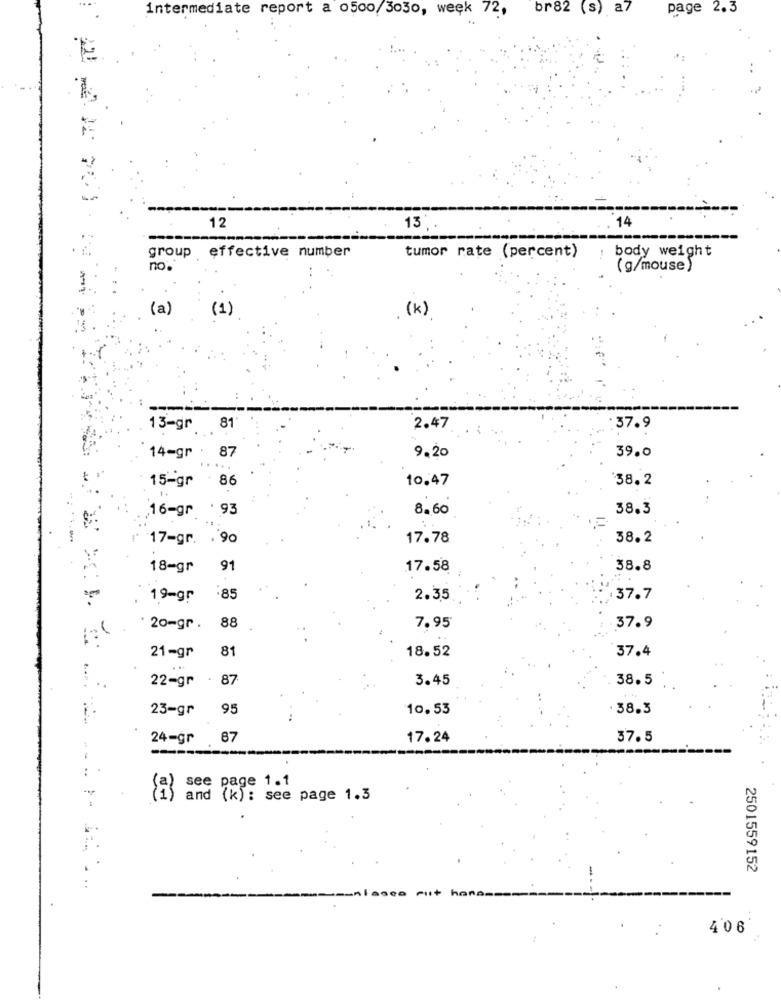
br82 (s) a7
page 2.3
intermediate report a o500/3030, week 72,
14
12
13
group effective number
tumor rate (percent)
: body weight
no.
(g/mouse)
(a)
(1)
(k)
13-gr
.81
2.47
37.9
39.0
14-gr : 87
9.20
15-gr
86
10.47
38.2
16-gr . 93
8.60
38.3
17-gr. . 90
17.78
38.2
18-gr
91
17.58
38.8
19-gr
.85
2.35
37.7
20-gr. 88
7,95
37.9
81
18.52
37.4
21-gr
22-gr
· 87
3.45
38.5
23-gr
95
10.53
38.3
24-gr 87
17.24
37.5
see page 1.1
and (k): see page 1.3
2501559152
406